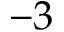
- 3